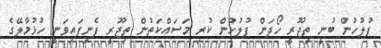
ފުލުހުން ބުނީ ތިޖޫރީ ހޯދަން ފުލުހުން ކުރި މަސައްކަތުން ތިޖޫރީ ފެނިފައިވަނީ ހުޅުމާލޭގެ